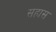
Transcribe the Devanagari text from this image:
सहास